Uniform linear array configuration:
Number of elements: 32
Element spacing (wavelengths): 1
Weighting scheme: hann
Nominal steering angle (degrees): -60
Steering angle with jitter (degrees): -58.597
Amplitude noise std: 0.05
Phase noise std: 0.05

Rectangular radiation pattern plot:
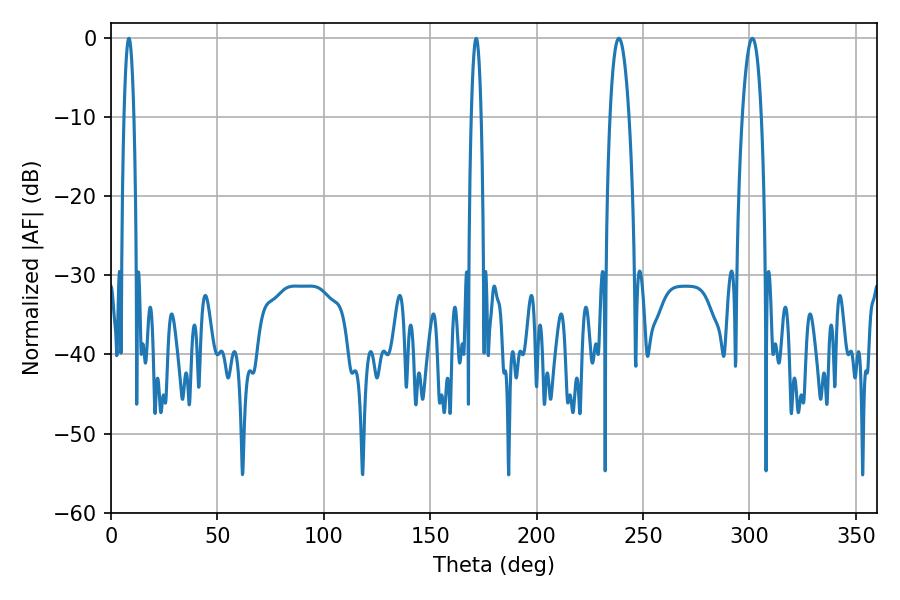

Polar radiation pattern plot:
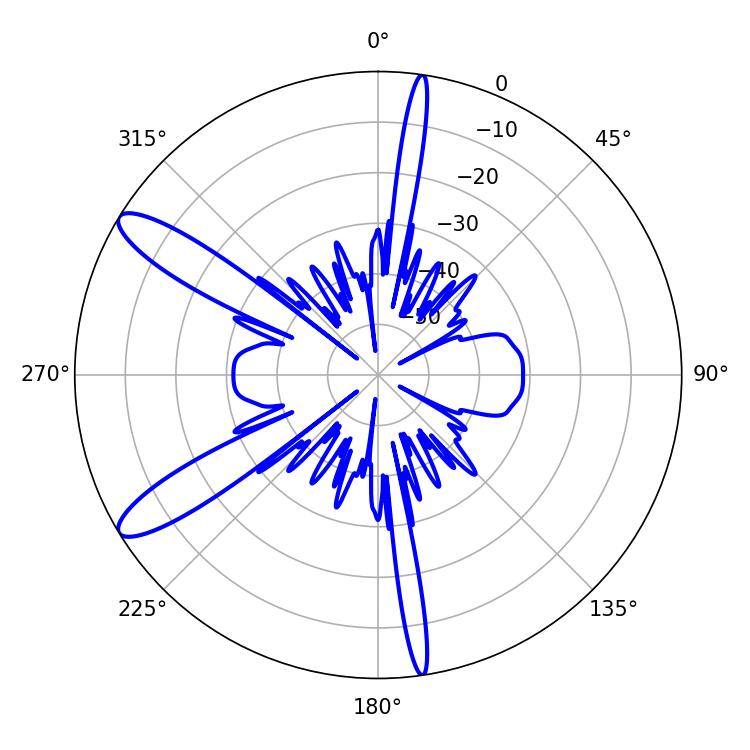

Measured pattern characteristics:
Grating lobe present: TRUE
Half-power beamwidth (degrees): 4.86
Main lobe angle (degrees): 301.32